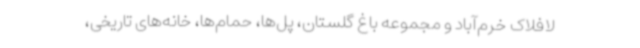
لافلاک خرم‌آباد و مجموعه باغ گلستان، پل‌ها، حمام‌ها، خانه‌های تاریخی،